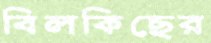
বিলকিছের